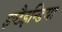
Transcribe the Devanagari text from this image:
इष्टैइन्डिया